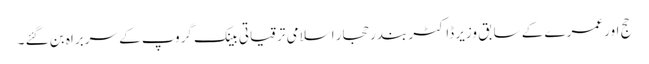
حج اور عمرے کے سابق وزیر ڈاکٹر بندر حجار اسلامی ترقیاتی بینک گروپ کے سربراہ بن گئے ۔